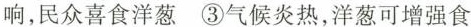
响，民众喜食洋葱③气候炎热，洋葱可增强食